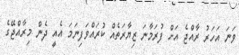
ވަނަ އަހަރު ރާއްޖެ އަށް ފުރަމާނަ ޒިޔާރަތެއް ކުރައްވަފިނަމަ އެއީ ދެން މިރާއްޖޭގެ